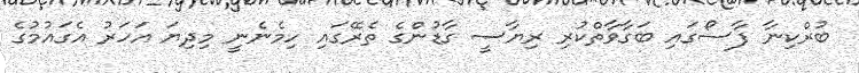
ބުރްކިނާ ފާސޯގައި ބަގާވާތްކުރި ރިޔާސީ ގާޑުންގެ ތެރޭގައި ހިމެނެނީ މިދިޔަ އަހަރު އެގައުމުގެ